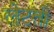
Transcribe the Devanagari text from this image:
लेटती